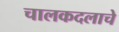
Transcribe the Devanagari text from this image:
चालकदलाचे